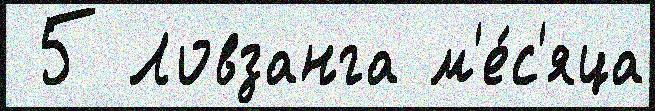
 5 Ловзанга м'е́с'яца